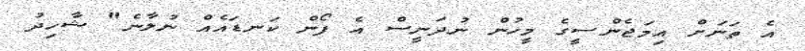
އެ ތަނަށް އިމަޖެންސީގެ މީހުން ނުދަނީސް އެ ފޯން ކަނޑައެއް ނުލާނެ" ޝާހިދު